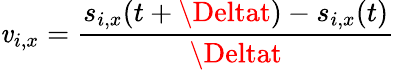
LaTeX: \mathit{v}_{i,x}=\frac{{s_{i,x}(t+\Deltat)-s_{i,x}(t)}}{{\Deltat}}